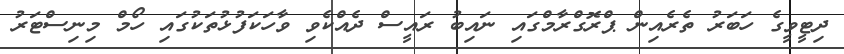
ދިޓީވީގެ ހަބަރު ތެރެއިން ޕްރޮގްރާމްގައި ނައިބު ރައީސް ދެއްކެވި ވާހަކަފުޅުތަކުގައި ހޯމް މިނިސްޓަރު